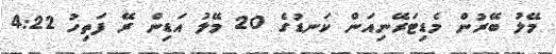
މޭލު ބޭރުން މެޑިޓަރޭނިއަން ކަނޑުގެ 20 މޭލު އަޑިން ރޭ ފަތިހު 4:22